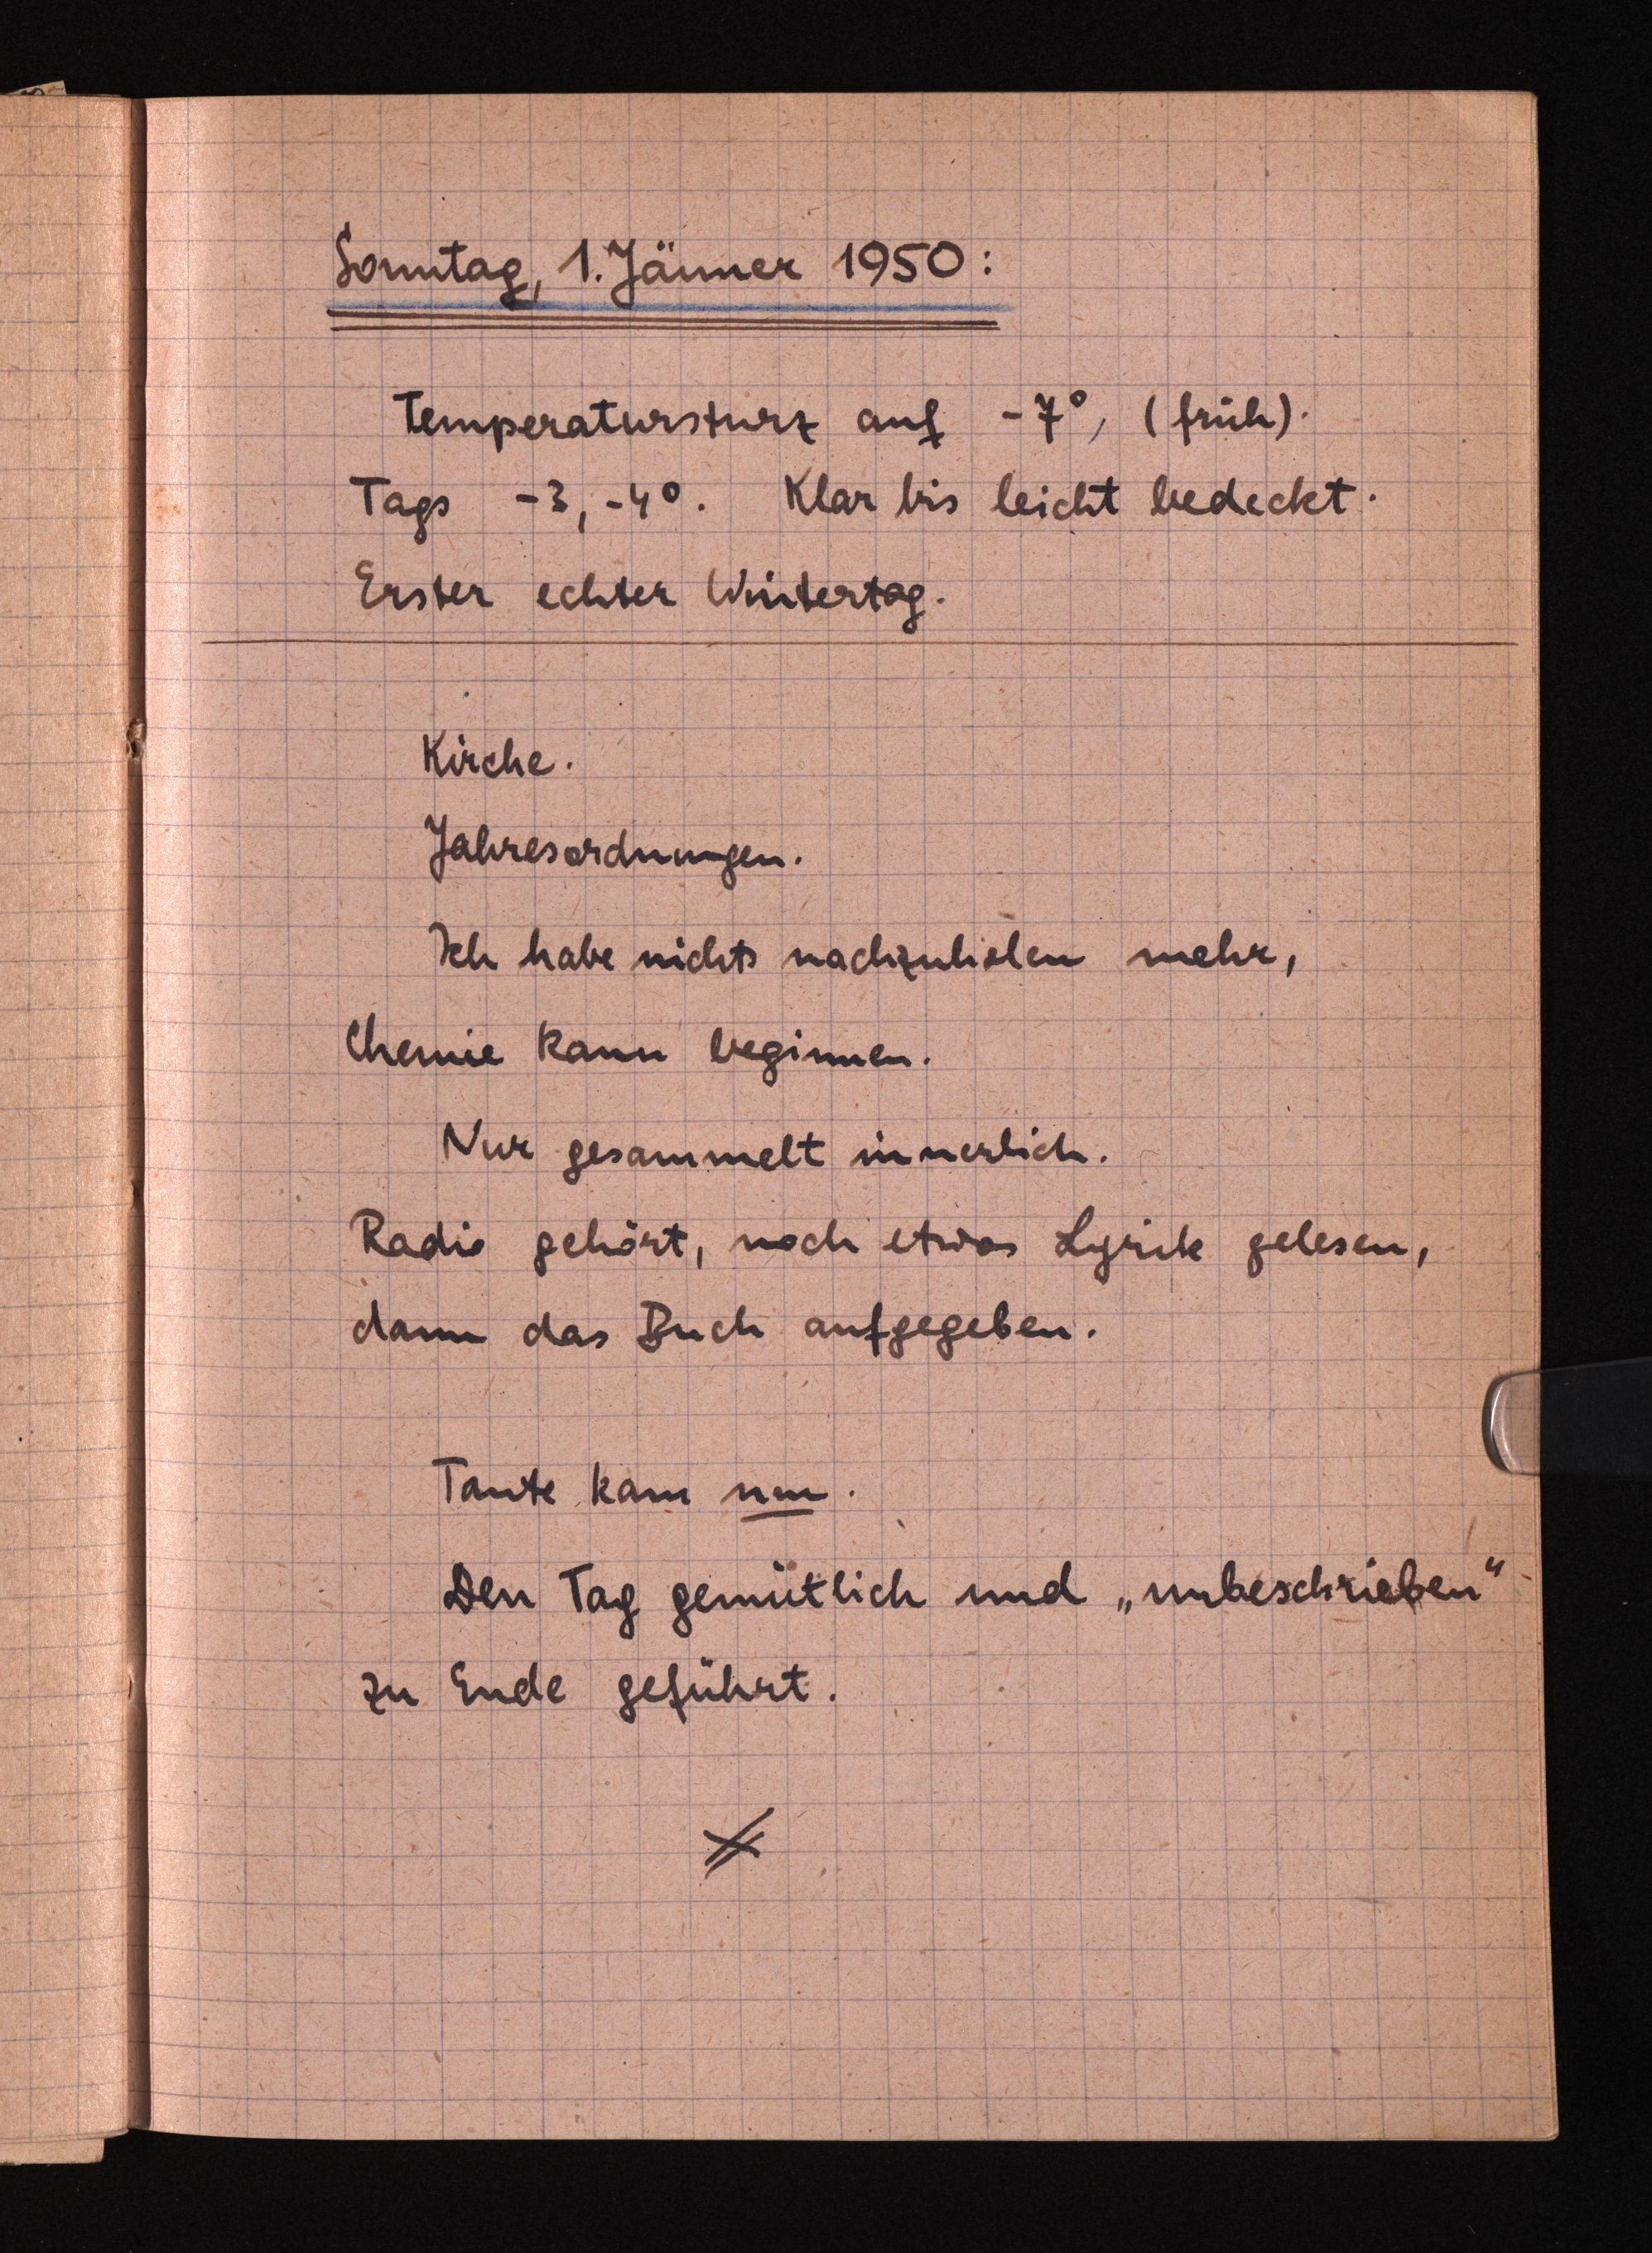
Sonntag, 1 Jänner 1950:
Temperatursturz auf -7°, (früh).
Tags -3-40. Klar bis leicht bedeckt.
Erster echter Wintertag.
Kirche.
Jahresordnungen.
Ich habe nichts nachzuliehen mehr,
Chemie kann beginnen.
Nur gesammelt innerlich.
Radio gehört, noch etwos Lyrik gelesen,
dann das Buch aufgegeben.
Tante kam nm.
Den Tag gemütlich und "unbeschrieben
zu Ende geführt.